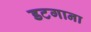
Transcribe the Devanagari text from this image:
डटगाना